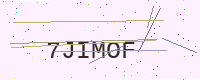
Text: 7JIMOF